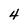
Character: 4